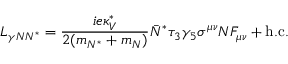
{ \cal L } _ { \gamma N N ^ { * } } = { \frac { i e \kappa _ { V } ^ { * } } { 2 ( m _ { N ^ { * } } + m _ { N } ) } } \bar { N } ^ { * } \tau _ { 3 } \gamma _ { 5 } \sigma ^ { \mu \nu } N F _ { \mu \nu } + \mathrm { h . c . }